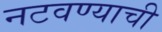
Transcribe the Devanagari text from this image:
नटवण्याची